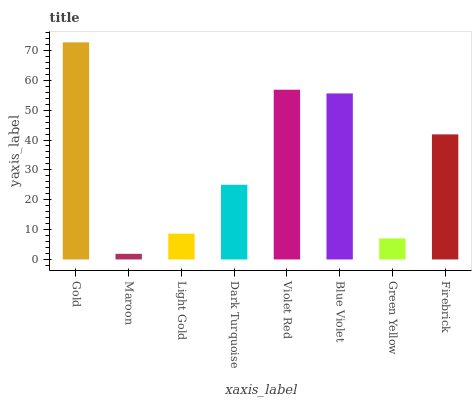
| xaxis_label | bars |
 | --- | --- |
 | Gold | 72.7 |
 | Maroon | 1.89 |
 | Light Gold | 8.65 |
 | Dark Turquoise | 25 |
 | Violet Red | 56.8 |
 | Blue Violet | 55.6 |
 | Green Yellow | 7.06 |
 | Firebrick | 41.9 |